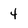
Character: 4